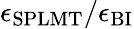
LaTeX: \epsilon_{\mathrm{SPLMT}}/\epsilon_{\mathrm{BI}}